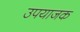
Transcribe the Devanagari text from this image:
उपयाजक